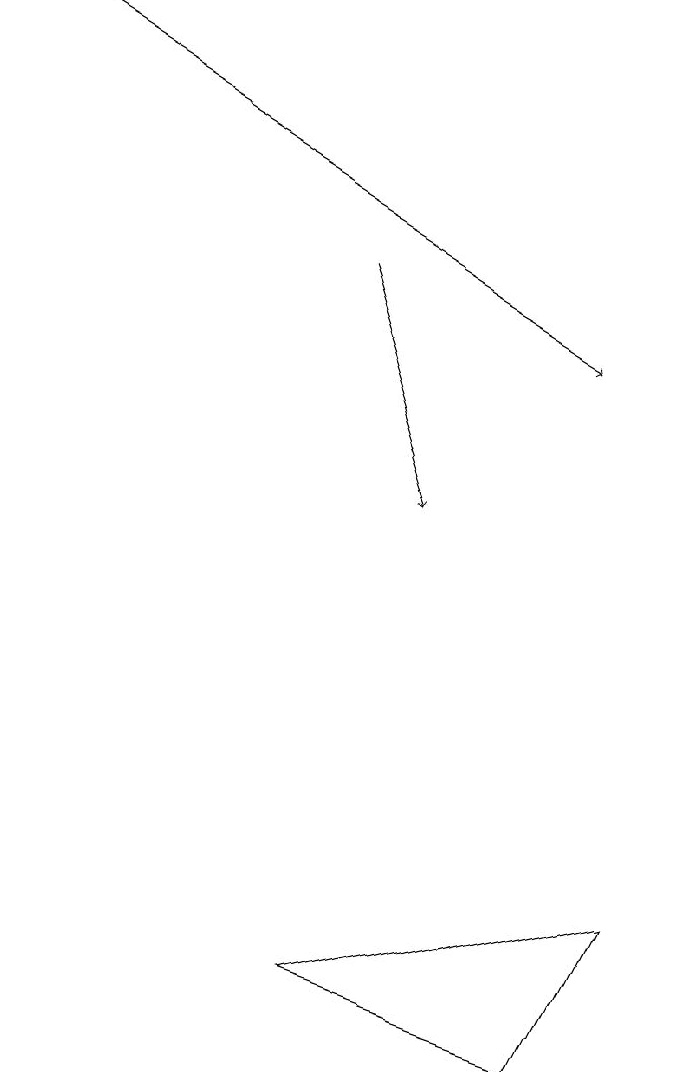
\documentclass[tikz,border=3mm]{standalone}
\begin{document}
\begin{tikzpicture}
\draw[->] (5,13) -- (6,10);
\draw (8,3) -- (9,5) -- (5,4) -- cycle;
\draw[->] (1,16) -- (8,12);
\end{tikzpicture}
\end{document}